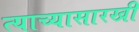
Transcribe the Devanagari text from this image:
त्याच्यासारखी